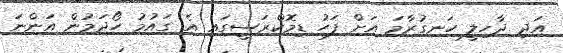
އަދި ދާހިލީ ހަނގުރާމަ އަށް ފަހު ޑިމޮކްރަސީގައި އެ ގައުމު ހޯދަމުން އަންނަ